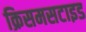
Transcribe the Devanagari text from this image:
क्रिसमसटाइड